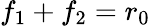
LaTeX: f_{1}+f_{2}=r_{0}